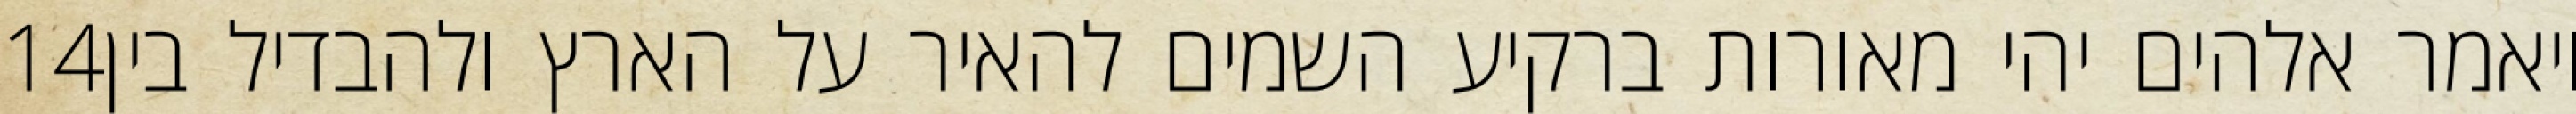
‎14‏ ויאמר אלהים יהי מאורות ברקיע השמים להאיר על הארץ ולהבדיל בין